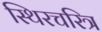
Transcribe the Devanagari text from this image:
स्थिरचरित्र